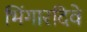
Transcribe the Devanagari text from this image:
भिंगारदिवे